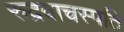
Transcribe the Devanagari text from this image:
रुद्रवाचस्पति